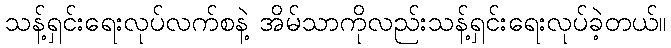
သန့်ရှင်းရေးလုပ်လက်စနဲ့ အိမ်သာကိုလည်းသန့်ရှင်းရေးလုပ်ခဲ့တယ်။